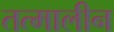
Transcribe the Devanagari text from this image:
तत्मालीन